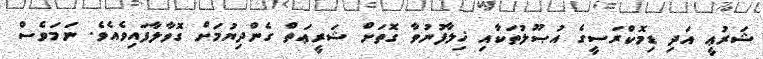
ޝަރުޢީ އަދި ޑިމޮކްރަސީގެ އުޞޫލުތަކާއި ޚިލާފުނުވާ ގޮތަށް ޝަރީޢަތް ގެންދިޔުމަށް ގޮވާލާފައިވެއެވެ. ނަމަވެސް